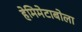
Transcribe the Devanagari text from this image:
हेमिमेटाबोला